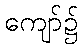
ကျော်၌